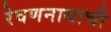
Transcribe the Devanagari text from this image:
रेवणनाथाची